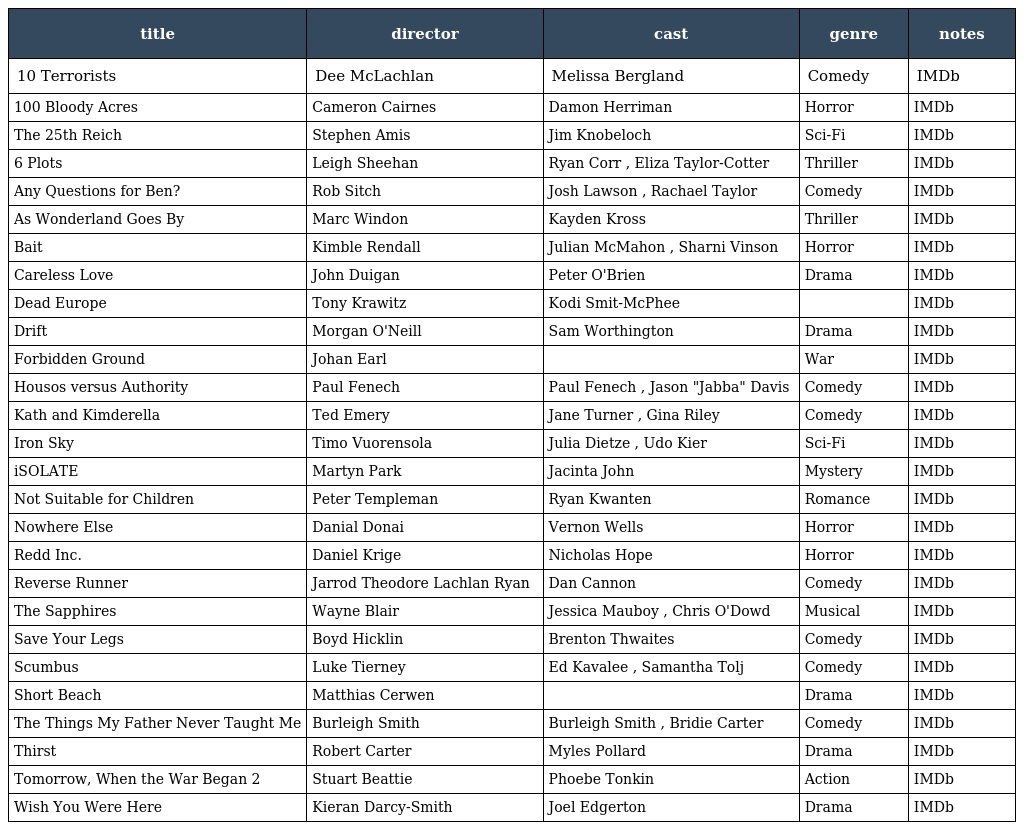
| title | director | cast | genre | notes |
 | --- | --- | --- | --- | --- |
 | 10 Terrorists | Dee McLachlan | Melissa Bergland | Comedy | IMDb |
 | 100 Bloody Acres | Cameron Cairnes | Damon Herriman | Horror | IMDb |
 | The 25th Reich | Stephen Amis | Jim Knobeloch | Sci-Fi | IMDb |
 | 6 Plots | Leigh Sheehan | Ryan Corr , Eliza Taylor-Cotter | Thriller | IMDb |
 | Any Questions for Ben? | Rob Sitch | Josh Lawson , Rachael Taylor | Comedy | IMDb |
 | As Wonderland Goes By | Marc Windon | Kayden Kross | Thriller | IMDb |
 | Bait | Kimble Rendall | Julian McMahon , Sharni Vinson | Horror | IMDb |
 | Careless Love | John Duigan | Peter O'Brien | Drama | IMDb |
 | Dead Europe | Tony Krawitz | Kodi Smit-McPhee |  | IMDb |
 | Drift | Morgan O'Neill | Sam Worthington | Drama | IMDb |
 | Forbidden Ground | Johan Earl |  | War | IMDb |
 | Housos versus Authority | Paul Fenech | Paul Fenech , Jason "Jabba" Davis | Comedy | IMDb |
 | Kath and Kimderella | Ted Emery | Jane Turner , Gina Riley | Comedy | IMDb |
 | Iron Sky | Timo Vuorensola | Julia Dietze , Udo Kier | Sci-Fi | IMDb |
 | iSOLATE | Martyn Park | Jacinta John | Mystery | IMDb |
 | Not Suitable for Children | Peter Templeman | Ryan Kwanten | Romance | IMDb |
 | Nowhere Else | Danial Donai | Vernon Wells | Horror | IMDb |
 | Redd Inc. | Daniel Krige | Nicholas Hope | Horror | IMDb |
 | Reverse Runner | Jarrod Theodore Lachlan Ryan | Dan Cannon | Comedy | IMDb |
 | The Sapphires | Wayne Blair | Jessica Mauboy , Chris O'Dowd | Musical | IMDb |
 | Save Your Legs | Boyd Hicklin | Brenton Thwaites | Comedy | IMDb |
 | Scumbus | Luke Tierney | Ed Kavalee , Samantha Tolj | Comedy | IMDb |
 | Short Beach | Matthias Cerwen |  | Drama | IMDb |
 | The Things My Father Never Taught Me | Burleigh Smith | Burleigh Smith , Bridie Carter | Comedy | IMDb |
 | Thirst | Robert Carter | Myles Pollard | Drama | IMDb |
 | Tomorrow, When the War Began 2 | Stuart Beattie | Phoebe Tonkin | Action | IMDb |
 | Wish You Were Here | Kieran Darcy-Smith | Joel Edgerton | Drama | IMDb |